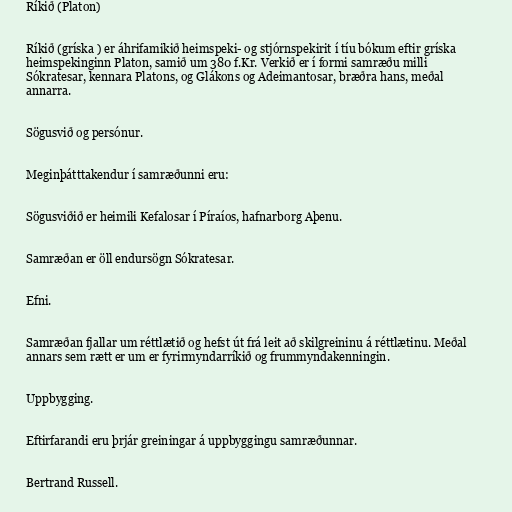
Ríkið (Platon)

Ríkið (gríska ) er áhrifamikið heimspeki- og stjórnspekirit í tíu bókum eftir gríska
heimspekinginn Platon, samið um 380 f.Kr. Verkið er í formi samræðu milli
Sókratesar, kennara Platons, og Glákons og Adeimantosar, bræðra hans, meðal
annarra.

Sögusvið og persónur.

Meginþátttakendur í samræðunni eru:

Sögusviðið er heimili Kefalosar í Píraíos, hafnarborg Aþenu.

Samræðan er öll endursögn Sókratesar.

Efni.

Samræðan fjallar um réttlætið og hefst út frá leit að skilgreininu á réttlætinu. Meðal
annars sem rætt er um er fyrirmyndarríkið og frummyndakenningin.

Uppbygging.

Eftirfarandi eru þrjár greiningar á uppbyggingu samræðunnar.

Bertrand Russell.